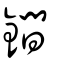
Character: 鐧